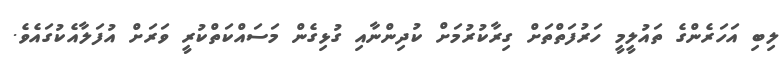
ލިބި އަހަރެންގެ ތައުލީމީ ހަރުފަތްތަށް ގިރާކުރުމަށް ކުދިންނާއި ގުޅިގެން މަސައްކަތްކުރީ ވަރަށް އުފަލާއެކުގައެވެ.